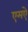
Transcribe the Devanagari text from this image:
एमऐ